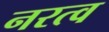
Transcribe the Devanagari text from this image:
नरत्व